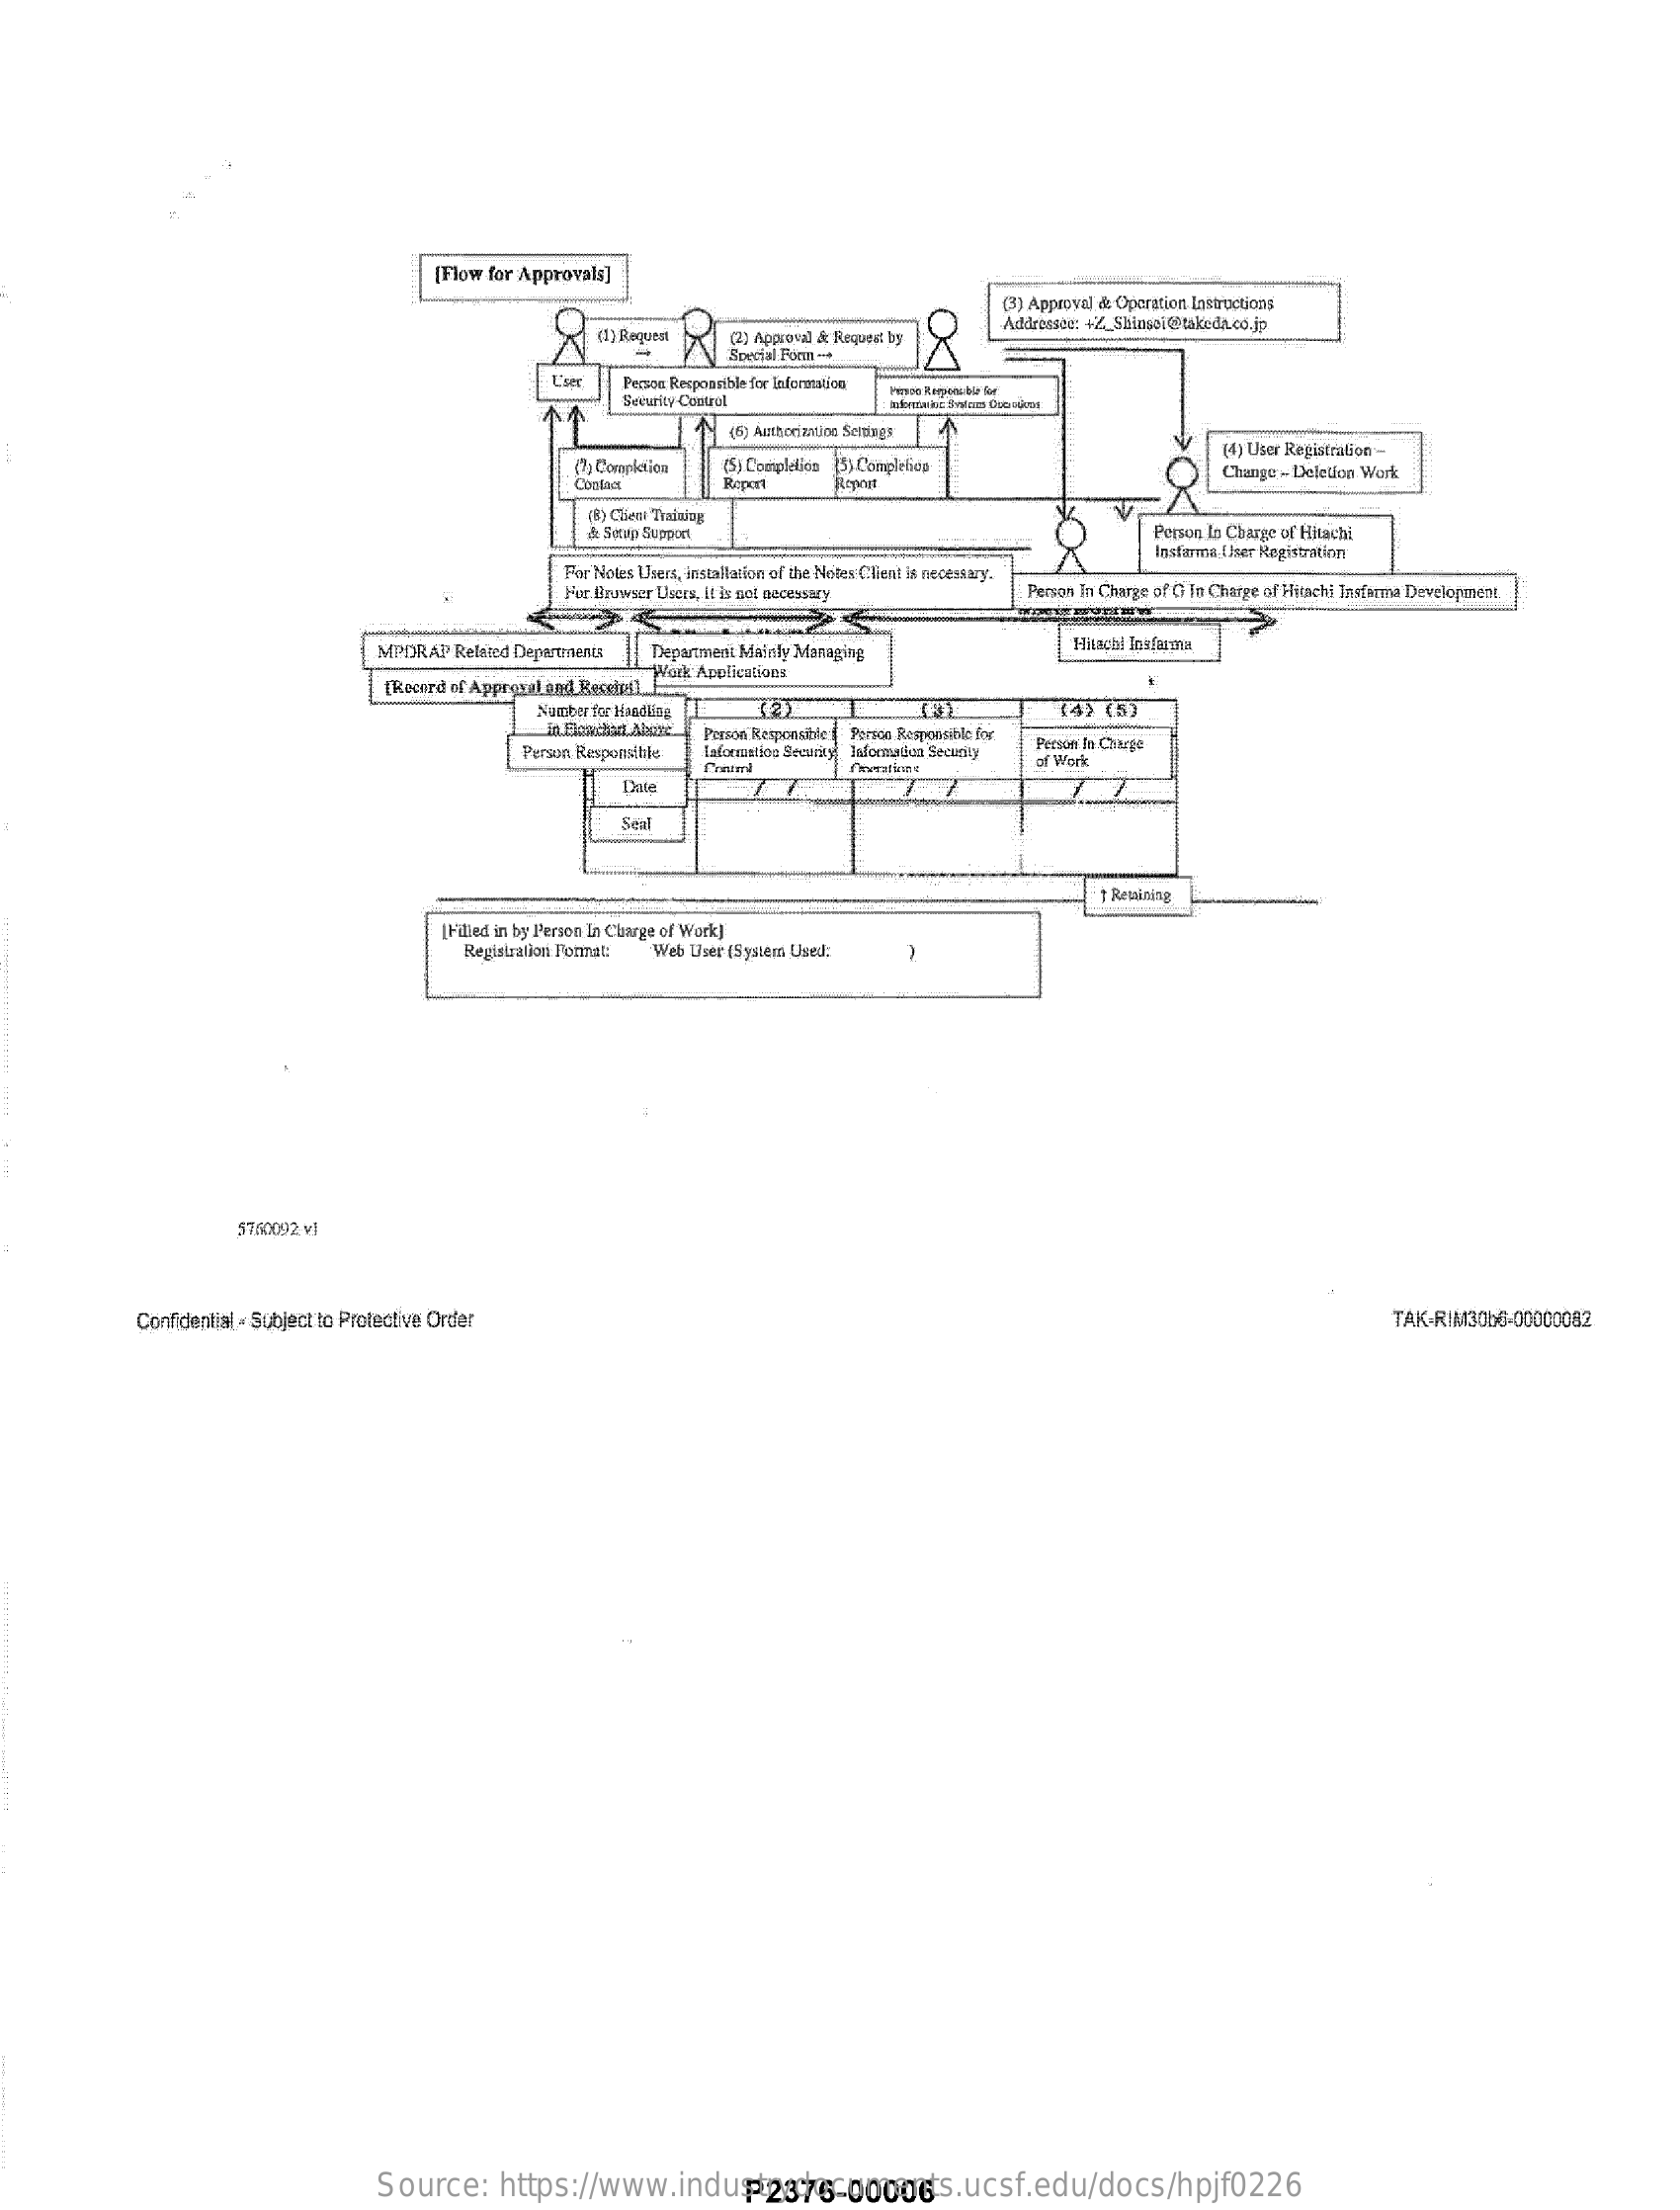
[Flow for Approvals]
     K (1) Regutat (2) Approval & Raquest by 18
     (3) Approval & Oparation Instructions
     Addressce: +2_SPinsei@takeda.co.jp
     Social Forın -.
     Person Responsible for information
     Security Control
     45) Authorjaviloo Settings
     7+ Complica  (5) Complelica (5) Completiog
     (4) User Registration
     Contact    Report    Repeat
     Change - Defellon Work
     (8) Chedi Training
     A Setup Support    Person In Charge of Hitachi
     For Notes Users, Installation of the Notes Client is necessary.
     Instarma Iser Registration
     Fur Browser Users, It is nol necessary   Person In Charge of G In Charge of Hitachi Insterma Development
     MPDRAP Related Departments Department Mainly Managing
     Hitachi Insfarma
     [Record of Approval end Receipt],
     Work Applications
     Number for Handling (2)    (4) (5)
     Pressa Responsible ( Person Responsible for
     Person Responsible
     Person In Charge
     Owwwatinge    of Work
     Seal
     ; Remining
     ['died in by Person In Charge of Work]
     -
     Registration PonTat: Web Ther [System Used;
     571009)2 vl
     Confidential - Subject to Protective Order    TAK-RIM3060-00000082
     Source:    https://www.industrydocuments.ucsf.edu/docs/hpjf0226 P2376-00006